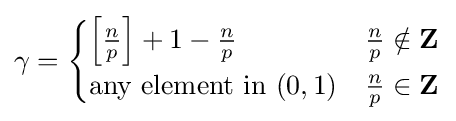
\gamma ={\begin{cases}\left[{\frac {n}{p}}\right]+1-{\frac {n}{p}}&{\frac {n}{p}}\notin \mathbf {Z} \\{\text{any element in }}(0,1)&{\frac {n}{p}}\in \mathbf {Z} \end{cases}}